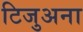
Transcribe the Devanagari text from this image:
टिजुअना